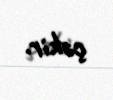
çəkir.